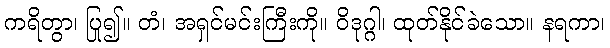
ကရိတွာ၊ ပြု၍။ တံ၊ အရှင်မင်းကြီးကို။ ဝိဒုဂ္ဂါ၊ ထုတ်နိုင်ခဲသော။ နရကာ၊